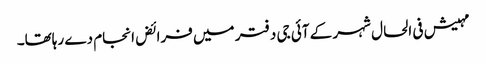
مہیش فی الحال شہر کے آئی جی دفتر میں فرائض انجام دے رہاتھا۔